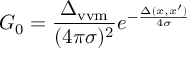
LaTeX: G _ { 0 } = \frac { \Delta _ { \mathrm { v v m } } } { ( 4 \pi \sigma ) ^ { 2 } } e ^ { - \frac { \Delta ( x , x ^ { \prime } ) } { 4 \sigma } }